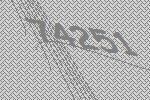
74251